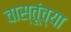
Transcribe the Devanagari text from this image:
वास्तूंच्या